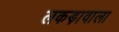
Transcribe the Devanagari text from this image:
लकड़ावाला